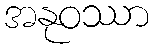
အနုဝဿာ